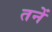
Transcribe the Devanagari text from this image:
तनें